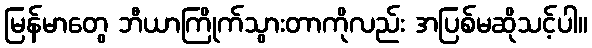
မြန်မာတွေ ဘီယာကြိုက်သွားတာကိုလည်း အပြစ်မဆိုသင့်ပါ။